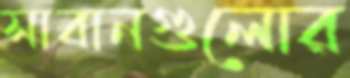
সাবানগুলোর